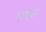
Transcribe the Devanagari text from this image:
मपन्ना